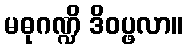
မဓုဂဏ္ဍိ ဒိဝပ္ဖလာ။